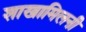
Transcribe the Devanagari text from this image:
शाखामिलनी